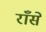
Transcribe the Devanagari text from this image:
राँसे